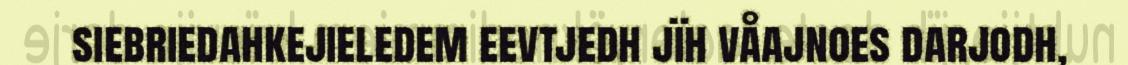
siebriedahkejieledem eevtjedh jïh våajnoes darjodh,